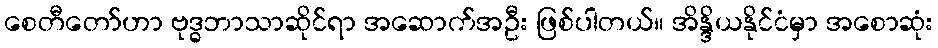
စေတီတော်ဟာ ဗုဒ္ဓဘာသာဆိုင်ရာ အဆောက်အဦး ဖြစ်ပါတယ်။ အိန္ဒိယနိုင်ငံမှာ အစောဆုံး